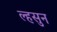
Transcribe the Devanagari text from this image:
ल्हसुन